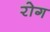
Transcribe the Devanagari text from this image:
रोग